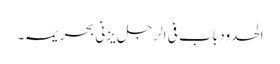
الحدود باب فی الرجل یزنی بحریمہ ۔